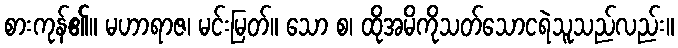
စားကုန်၏။ မဟာရာဇ၊ မင်းမြတ်။ သော စ၊ ထိုအမိကိုသတ်သောငရဲသူသည်လည်း။